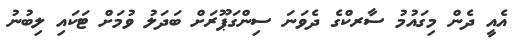
އެއީ ދެން މިގައުމު ސާރކްގެ ދެވަނަ ސިންގަޕޫރަށް ބަދަލު ވުމަށް ޓަކައި ލިބުނު